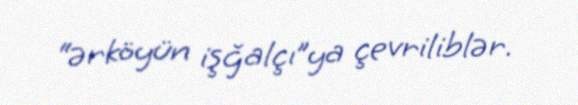
“ərköyün işğalçı”ya çevriliblər.